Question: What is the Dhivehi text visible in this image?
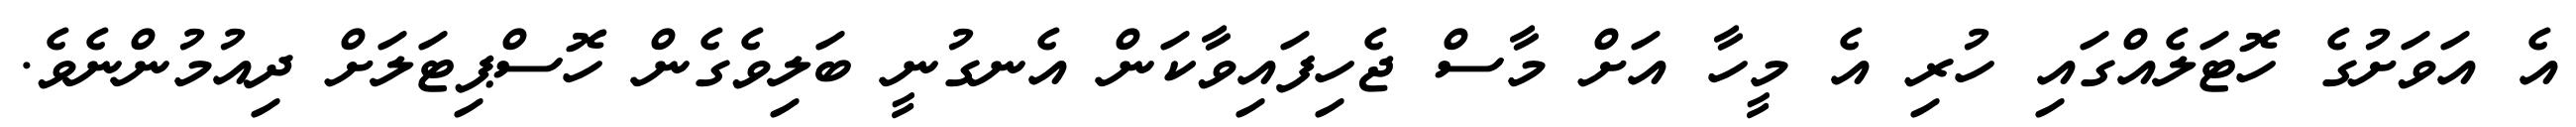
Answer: އެ އަވަށުގެ ހޮޓަލެއްގައި ހުރި އެ މީހާ އަށް މާސް ޖެހިފައިވާކަން އެނގުނީ ބަލިވެގެން ހޮސްޕިޓަލަށް ދިއުމުންނެވެ.